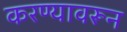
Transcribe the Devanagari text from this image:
करण्यावरून